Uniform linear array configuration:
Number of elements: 48
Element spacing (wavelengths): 0.5
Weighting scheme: exponential
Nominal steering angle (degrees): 45
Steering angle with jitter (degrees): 44.616
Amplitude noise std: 0.05
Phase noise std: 0.05

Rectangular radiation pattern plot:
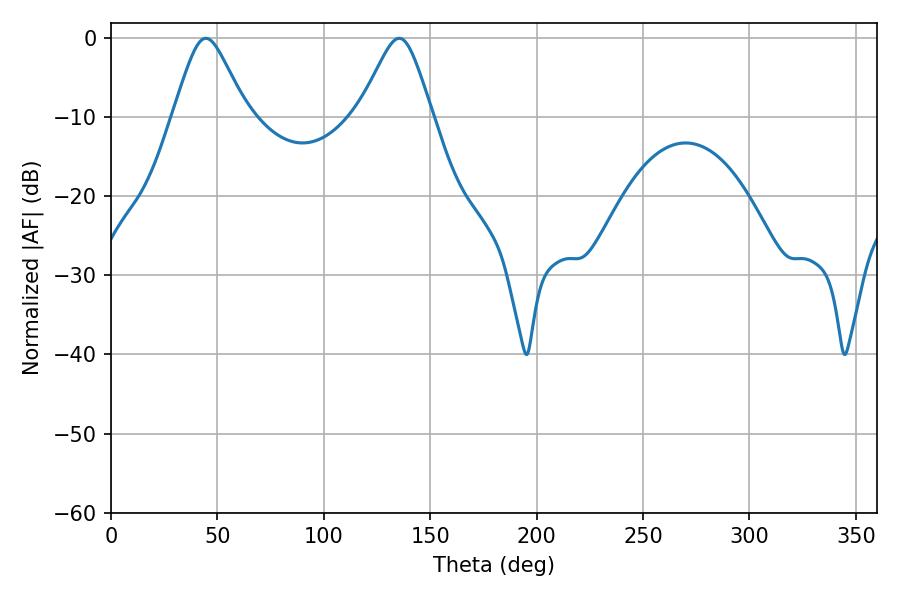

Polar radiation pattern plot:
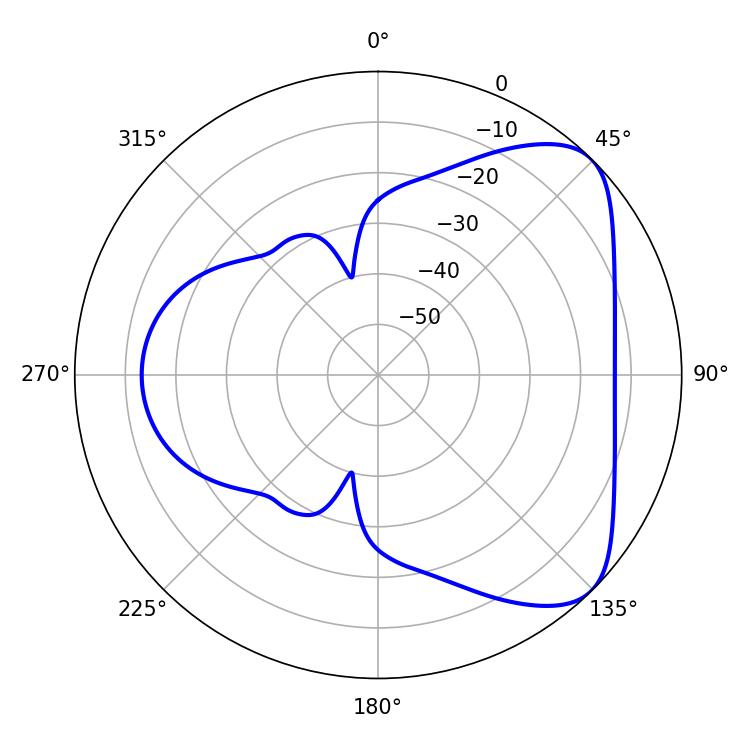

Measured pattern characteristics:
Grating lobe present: FALSE
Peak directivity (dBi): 6.038
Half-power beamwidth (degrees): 16.56
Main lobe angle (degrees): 44.64